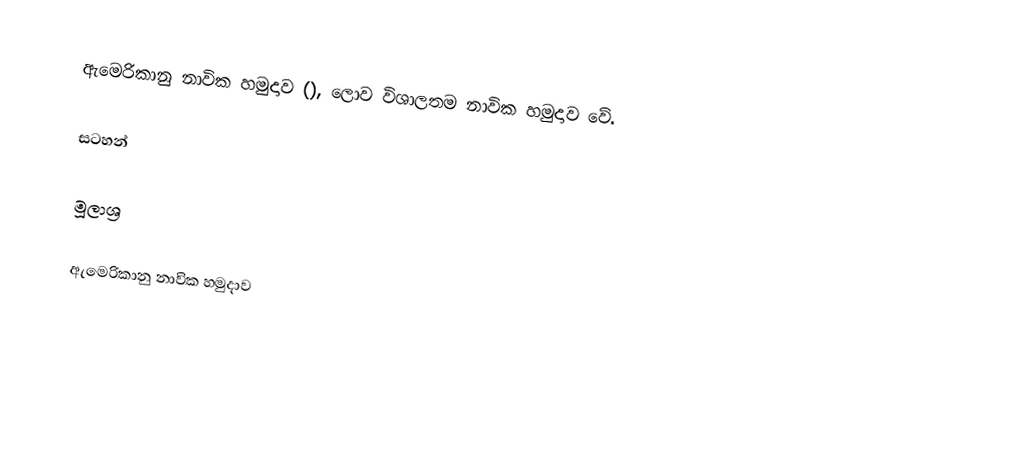
ඇමෙරිකානු නාවික හමුදාව (), ලොව විශාලතම නාවික හමුදාව වේ.

සටහන්

මූලාශ්‍ර

ඇමෙරිකානු නාවික හමුදාව